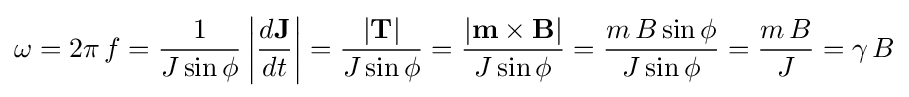
\omega =2\pi \,f={\frac {1}{J\sin {\phi }}}\left|{\frac {d\mathbf {J} }{dt}}\right|={\frac {|\mathbf {T} |}{J\sin {\phi }}}={\frac {|\mathbf {m} \times \mathbf {B} |}{J\sin {\phi }}}={\frac {m\,B\sin {\phi }}{J\sin {\phi }}}={\frac {m\,B}{J}}=\gamma \,B